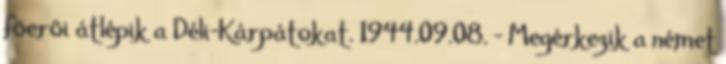
fõerõi átlépik a Déli-Kárpátokat. 1944.09.08. - Megérkezik a német